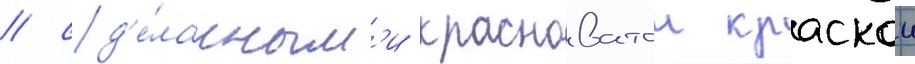
/ сд'е́ланным'и красноватои краскои